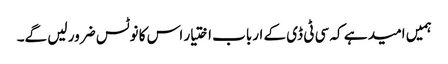
ہمیں امید ہے کہ سی ٹی ڈی کے ارباب اختیار اس کا نوٹس ضرور لیں گے۔